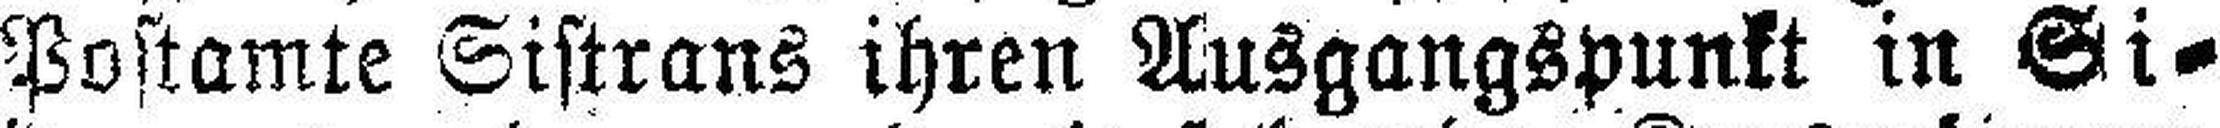
Postamte Sistrans ihren Ausgangspunkt in Si¬